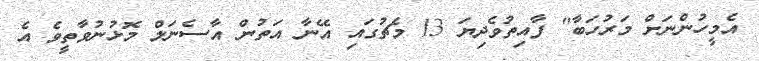
އެމީހުންނަށް މަރުހަބާ" ފާއިތުވެދިޔަ 13 މެޗުގައި އޭނާ އަތުން އާސެނަލް މޮޅުނުވާތީވެ އެ